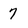
Character: 7